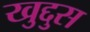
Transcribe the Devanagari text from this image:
खुद्दुस